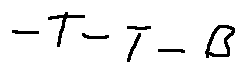
- T - T - B